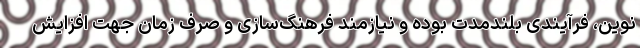
نوین، فرآیندی بلندمدت بوده و نیازمند فرهنگ‌سازی و صرف زمان جهت افزایش